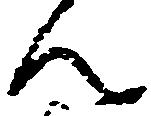
ん